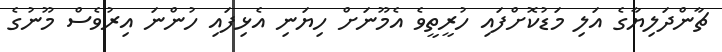
ޗާންދަލިޔާގެ އަލި މަޑުކޮށްފައި ހުރީތީވެ އެމޫނަށް ހިޔަނި އެޅިފައި ހުންނަ އިރުވެސް މޫނުގެ